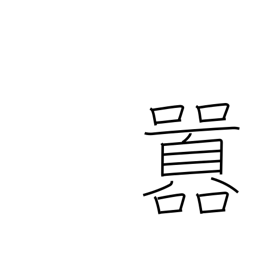
Meaning: noisy